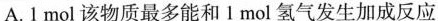
A. 1 mol 该物质最多能和1 mol 氢气发生加成反应